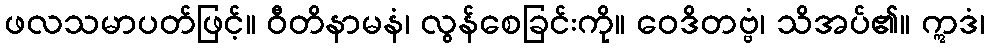
ဖလသမာပတ်ဖြင့်။ ဝီတိနာမနံ၊ လွန်စေခြင်းကို။ ဝေဒိတဗ္ဗံ၊ သိအပ်၏။ ဣဒံ၊